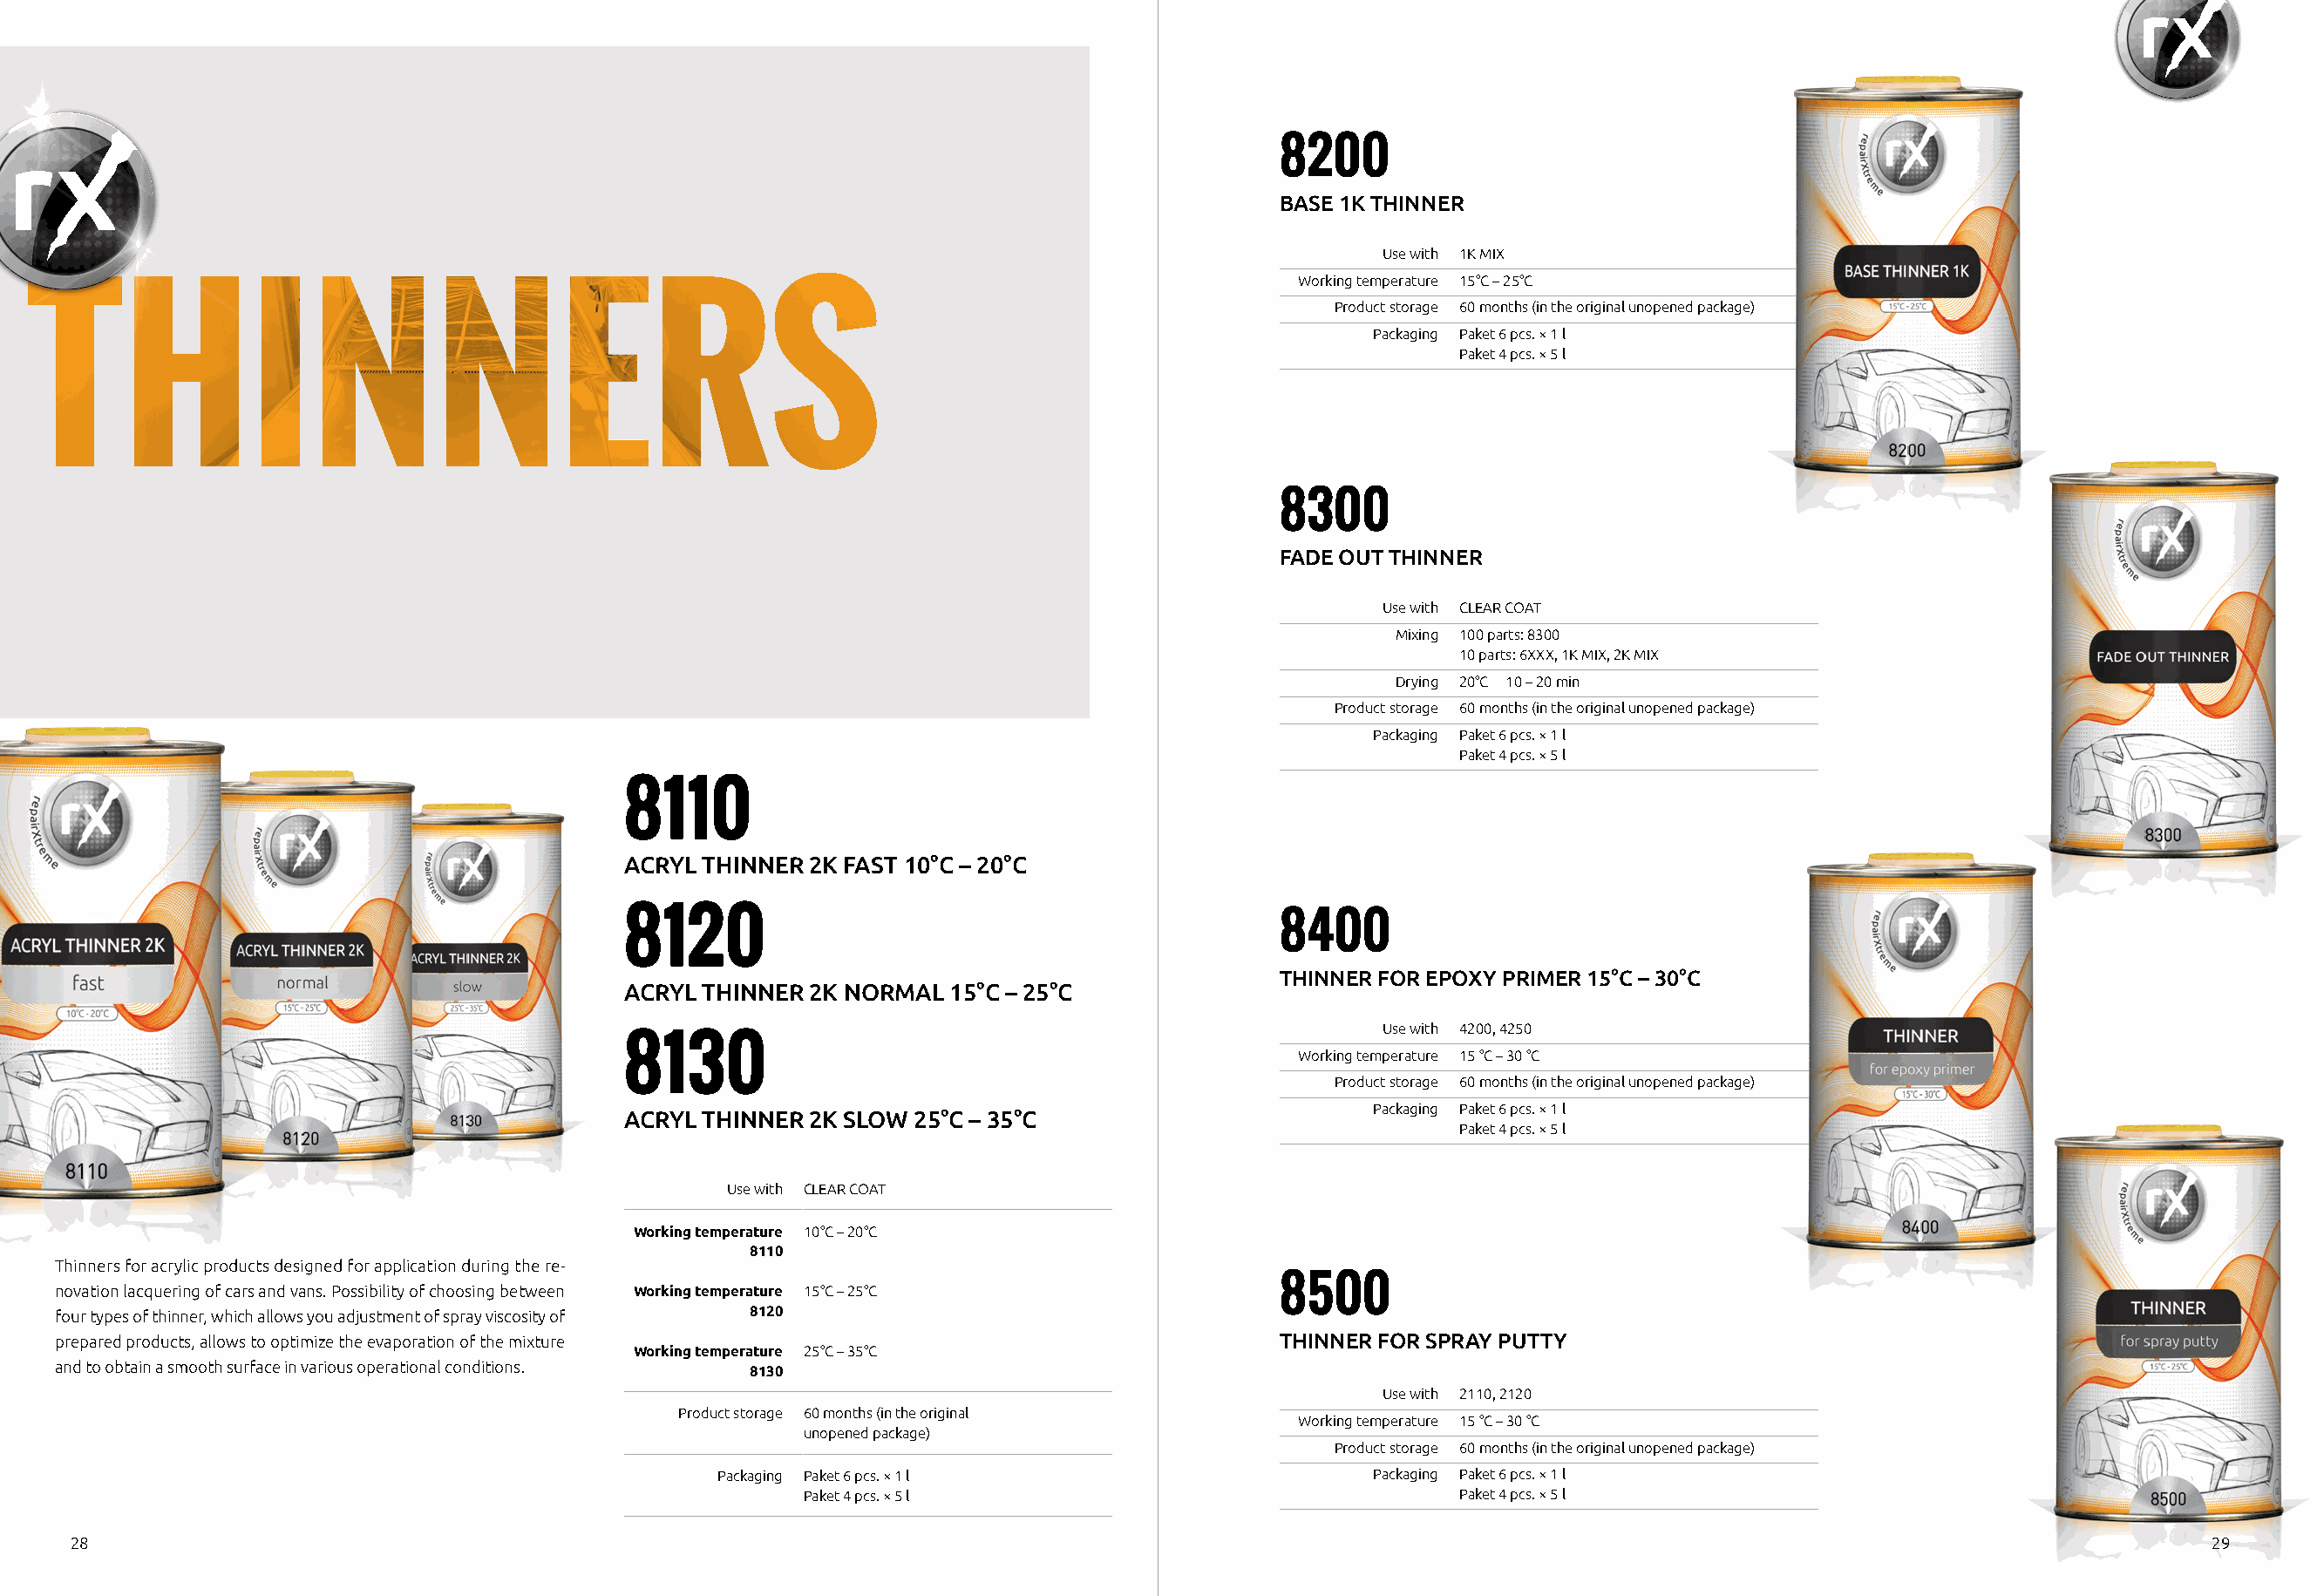
8200
 BASE 1K THINNER
 Use with 1K MIX
 Working temperature 15°C – 25°C
 Product storage 60 months (in the original unopened package)
 Packaging Paket 6 pcs. × 1 l
 Paket 4 pcs. × 5 l
 8300
 FADE OUT THINNER
 Use with CLEAR COAT
 Mixing 100 parts: 8300
 10 parts: 6XXX, 1K MIX, 2K MIX
 Drying 20°C 10 – 20 min
 Product storage 60 months (in the original unopened package)
 Packaging Paket 6 pcs. × 1 l
 Paket 4 pcs. × 5 l
 8110
 ACRYL THINNER 2K FAST 10°C – 20°C
 8120                                              8400
 THINNER FOR EPOXY PRIMER 15°C – 30°C
 ACRYL THINNER 2K NORMAL  15°C – 25°C
 Use with 4200, 4250
 8130                                                Working temperature 15 °C – 30 °C
 Product storage 60 months (in the original unopened package)
 Packaging Paket 6 pcs. × 1 l
 ACRYL THINNER 2K SLOW 25°C – 35°C
 Paket 4 pcs. × 5 l
 Use with CLEAR COAT
 Working temperature 10°C – 20°C
 8110
 Thinners for acrylic products designed for application during the re-
 novation lacquering of cars and vans. Possibility of choosing between Working temperature 15°C – 25°C 8500
 four types of thinner, which allows you adjustment of spray viscosity of 8120
 prepared products, allows to optimize the evaporation of the mixture                         THINNER FOR SPRAY PUTTY
 Working temperature 25°C – 35°C
 and to obtain a smooth surface in various operational conditions. 8130
 Use with 2110, 2120
 Product storage 60 months (in the original
 Working temperature 15 °C – 30 °C
 unopened package)
 Product storage 60 months (in the original unopened package)
 Packaging Paket 6 pcs. × 1 l                      Packaging Paket 6 pcs. × 1 l
 Paket 4 pcs. × 5 l                                Paket 4 pcs. × 5 l
 28                                                                                                                                                                 29